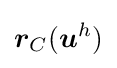
{\boldsymbol {r}}_{C}({\boldsymbol {u}}^{h})